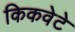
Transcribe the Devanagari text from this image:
किकवेटे